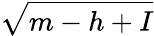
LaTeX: \sqrt{m-h+I}